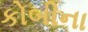
કોબીના